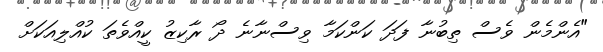
"އެންމެން ވެސް ތިބުނާ ފަދަ ކަންކަމާ ވިސްނާނެ ދޯ ރާކިޒު ކީއްވެތަ ކުއްލިއަކަށް